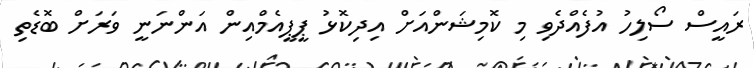
ރައީސް ސޯލިހު އުފެއްދެވި މި ކޮމިޝަންއަށް އިދިކޮޅު ޕީޕީއެމްއިން އަންނަނީ ވަރަށް ބޮޑެތި